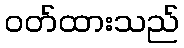
ဝတ်ထားသည်